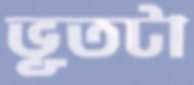
ভূতটা